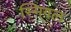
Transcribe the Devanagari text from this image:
स्मिगल